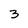
Character: 3